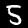
Digit: 5